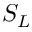
S _ { L }